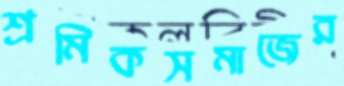
শ্রমিকসমাজের